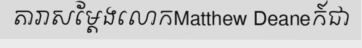
តារាសម្តែងលោកMatthew Deaneក៍ជា